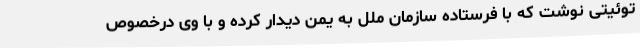
توئیتی نوشت که با فرستاده سازمان ملل به یمن دیدار کرده و با وی درخصوص